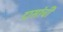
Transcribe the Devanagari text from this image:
दासांची